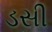
ડસી